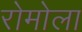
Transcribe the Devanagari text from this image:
रोमोला